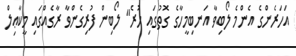
އަހަރެންގެ އެންމެ ލޯބިވާ އަނބިމީހާގެ ގޮތުގައި ހުރެ" ލޯބިން ފުރިގެންވާ ރާގެއްގައި މީކާޢިލް